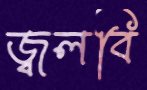
জ্বলবি